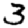
Digit: 3